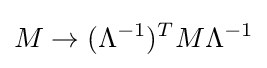
M\rightarrow (\Lambda ^{-1})^{T}M\Lambda ^{-1}